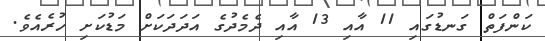
ކަންފަތް ގަނޑުގައި 11 އާއި 13 އާއި ދެމެދުގެ އަދަދަކަށް މަޑުކަށި ހުރެއެވެ.